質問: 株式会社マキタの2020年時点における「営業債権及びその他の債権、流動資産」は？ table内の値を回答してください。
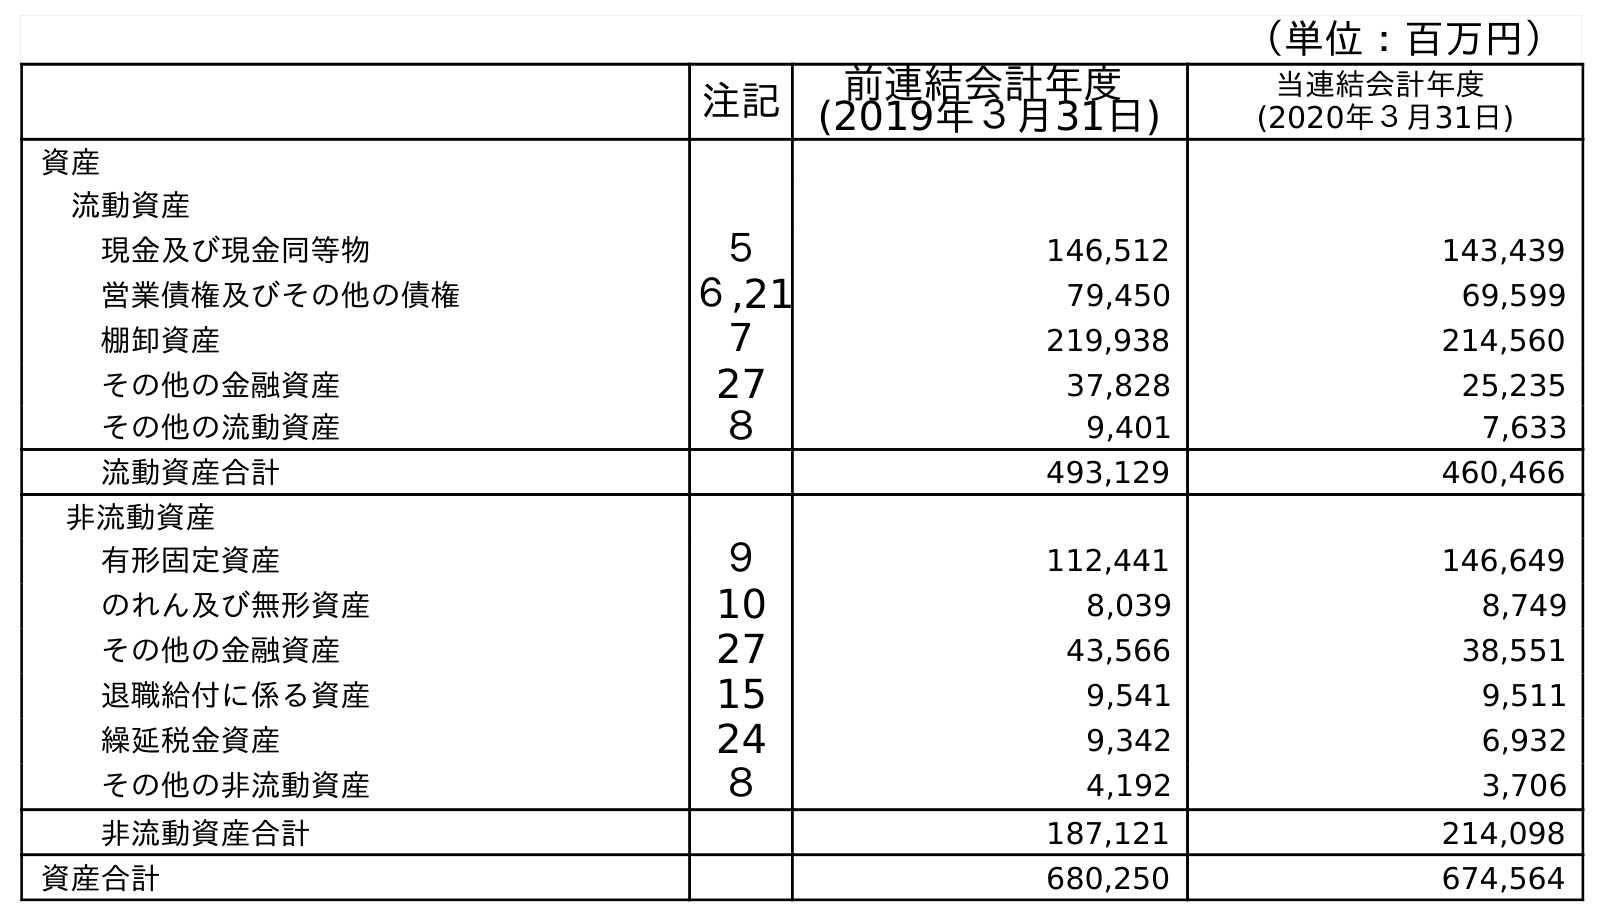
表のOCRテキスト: （単位：百万円） 注記 前連結会計年度 (2019年３月31日) 当連結会計年度 (2020年３月31日) 資産 流動資産 現金及び現金同等物 ５ 146,512 143,439 営業債権及びその他の債権 ６,21 79,450 69,599 棚卸資産 ７ 219,938 214,560 その他の金融資産 27 37,828 25,235 その他の流動資産 ８ 9,401 7,633 流動資産合計 493,129 460,466 非流動資産 有形固定資産 ９ 112,441 146,649 のれん及び無形資産 10 8,039 8,749 その他の金融資産 27 43,566 38,551 退職給付に係る資産 15 9,541 9,511 繰延税金資産 24 9,342 6,932 その他の非流動資産 ８ 4,192 3,706 非流動資産合計 187,121 214,098 資産合計 680,250 674,564
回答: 69,599